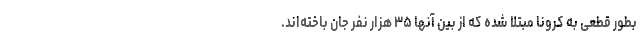
بطور قطعی به کرونا مبتلا شده که از بین آنها ۳۵ هزار نفر جان باخته‌اند.